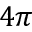
4 \pi